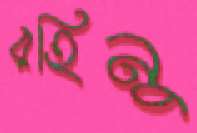
রহিনু